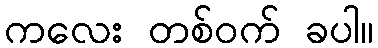
ကလေး တစ်ဝက် ခပါ။